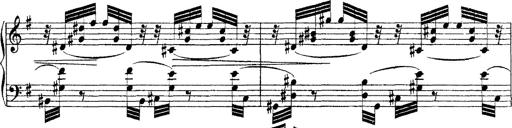
Title: Ã‰tudes d'exÃ©cution transcendante d'aprÃ¨s Paganini
Composer: Franz Liszt